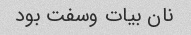
نان بیات وسفت بود